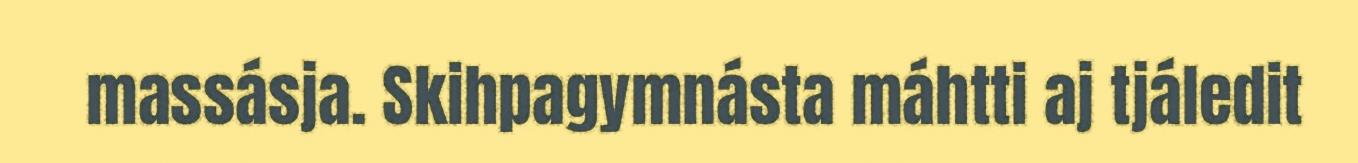
massásja. Skihpagymnásta máhtti aj tjáledit